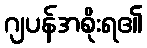
ဂျပန်အစိုးရ၏